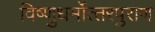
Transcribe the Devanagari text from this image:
विष्‍णुधर्मोत्‍तरपुराण